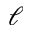
\ell